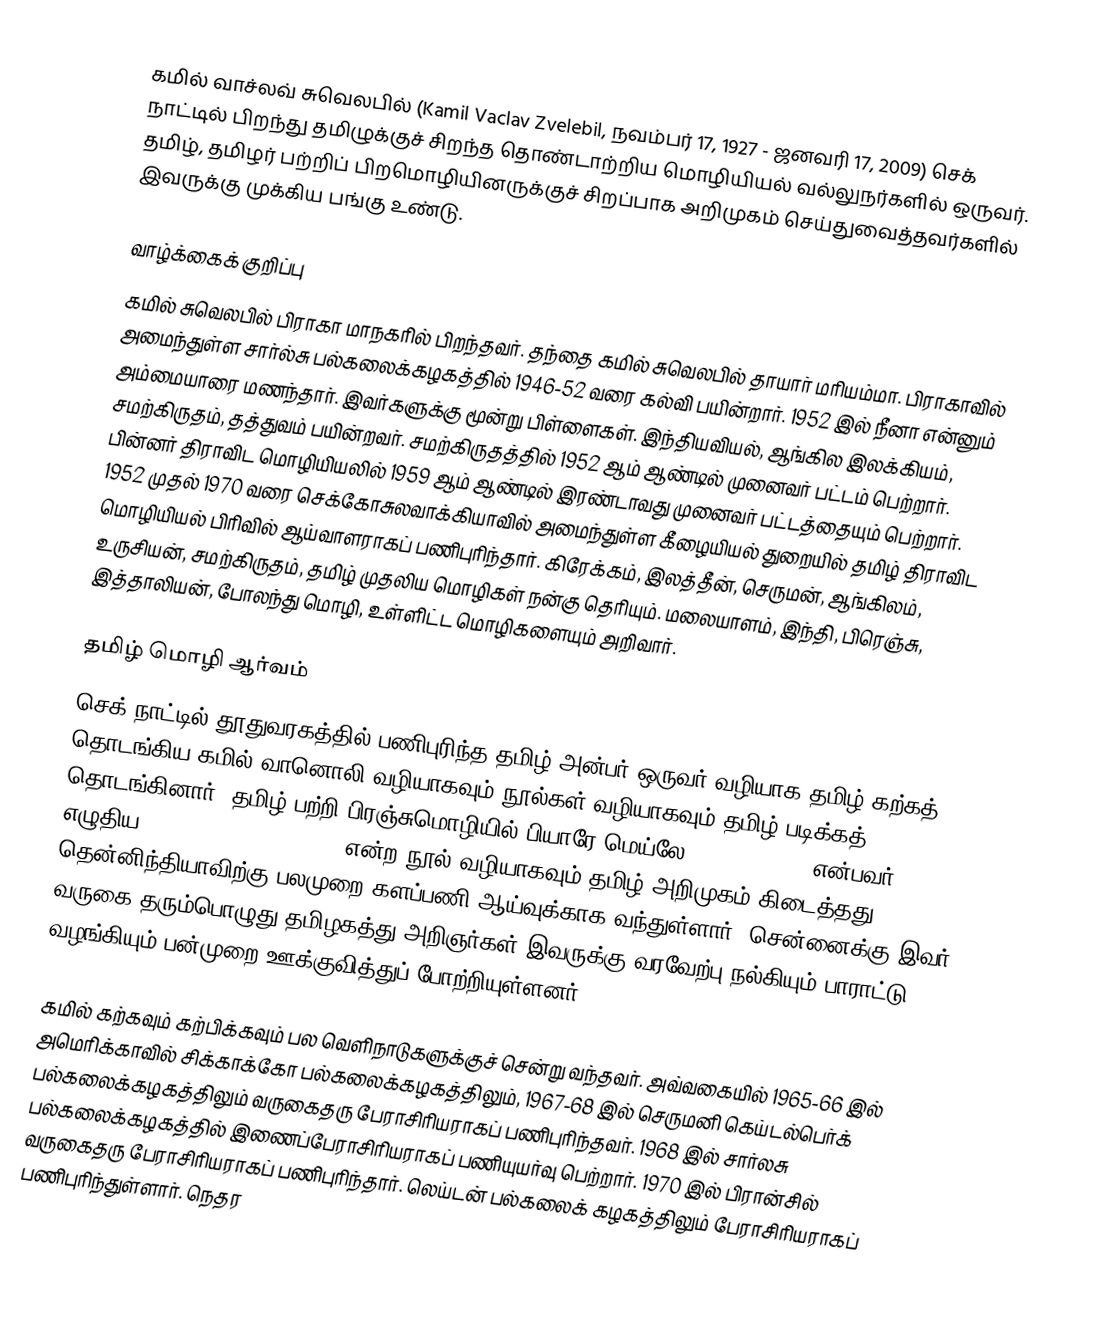
கமில் வாச்லவ் சுவெலபில் (Kamil Vaclav Zvelebil, நவம்பர் 17, 1927 - ஜனவரி 17, 2009) செக் நாட்டில் பிறந்து தமிழுக்குச் சிறந்த தொண்டாற்றிய மொழியியல் வல்லுநர்களில் ஒருவர். தமிழ், தமிழர் பற்றிப் பிறமொழியினருக்குச் சிறப்பாக அறிமுகம் செய்துவைத்தவர்களில் இவருக்கு முக்கிய பங்கு உண்டு.

வாழ்க்கைக் குறிப்பு
கமில் சுவெலபில் பிராகா மாநகரில் பிறந்தவர். தந்தை கமில் சுவெலபில் தாயார் மரியம்மா. பிராகாவில் அமைந்துள்ள சார்ல்சு பல்கலைக்கழகத்தில் 1946-52 வரை கல்வி பயின்றார். 1952 இல் நீனா என்னும் அம்மையாரை மணந்தார். இவர்களுக்கு மூன்று பிள்ளைகள். இந்தியவியல், ஆங்கில இலக்கியம், சமற்கிருதம், தத்துவம் பயின்றவர். சமற்கிருதத்தில் 1952 ஆம் ஆண்டில் முனைவர் பட்டம் பெற்றார். பின்னர் திராவிட மொழியியலில் 1959 ஆம் ஆண்டில் இரண்டாவது முனைவர் பட்டத்தையும் பெற்றார். 1952 முதல் 1970 வரை செக்கோசுலவாக்கியாவில் அமைந்துள்ள கீழையியல் துறையில் தமிழ் திராவிட மொழியியல் பிரிவில் ஆய்வாளராகப் பணிபுரிந்தார். கிரேக்கம், இலத்தீன், செருமன், ஆங்கிலம், உருசியன், சமற்கிருதம், தமிழ் முதலிய மொழிகள் நன்கு தெரியும். மலையாளம், இந்தி, பிரெஞ்சு, இத்தாலியன், போலந்து மொழி, உள்ளிட்ட மொழிகளையும் அறிவார்.

தமிழ் மொழி ஆர்வம்
செக் நாட்டில் தூதுவரகத்தில் பணிபுரிந்த தமிழ் அன்பர் ஒருவர் வழியாக தமிழ் கற்கத் தொடங்கிய கமில் வானொலி வழியாகவும் நூல்கள் வழியாகவும் தமிழ் படிக்கத் தொடங்கினார். தமிழ் பற்றி பிரஞ்சுமொழியில் பியாரே மெய்லே (Perre Meile) என்பவர் எழுதிய Introduction an Tamoul என்ற நூல் வழியாகவும் தமிழ் அறிமுகம் கிடைத்தது. தென்னிந்தியாவிற்கு பலமுறை களப்பணி ஆய்வுக்காக வந்துள்ளார். சென்னைக்கு இவர் வருகை தரும்பொழுது தமிழகத்து அறிஞர்கள் இவருக்கு வரவேற்பு நல்கியும் பாராட்டு வழங்கியும் பன்முறை ஊக்குவித்துப் போற்றியுள்ளனர்.

கமில் கற்கவும் கற்பிக்கவும் பல வெளிநாடுகளுக்குச் சென்று வந்தவர். அவ்வகையில் 1965-66 இல் அமெரிக்காவில் சிக்காக்கோ பல்கலைக்கழகத்திலும், 1967-68 இல் செருமனி கெய்டல்பெர்க் பல்கலைக்கழகத்திலும் வருகைதரு பேராசிரியராகப் பணிபுரிந்தவர். 1968 இல் சார்லசு பல்கலைக்கழகத்தில் இணைப்பேராசிரியராகப் பணியுயர்வு பெற்றார். 1970 இல் பிரான்சில் வருகைதரு பேராசிரியராகப் பணிபுரிந்தார். லெய்டன் பல்கலைக் கழகத்திலும் பேராசிரியராகப் பணிபுரிந்துள்ளார். நெதர